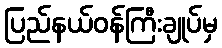
ပြည်နယ်ဝန်ကြီးချုပ်မှ